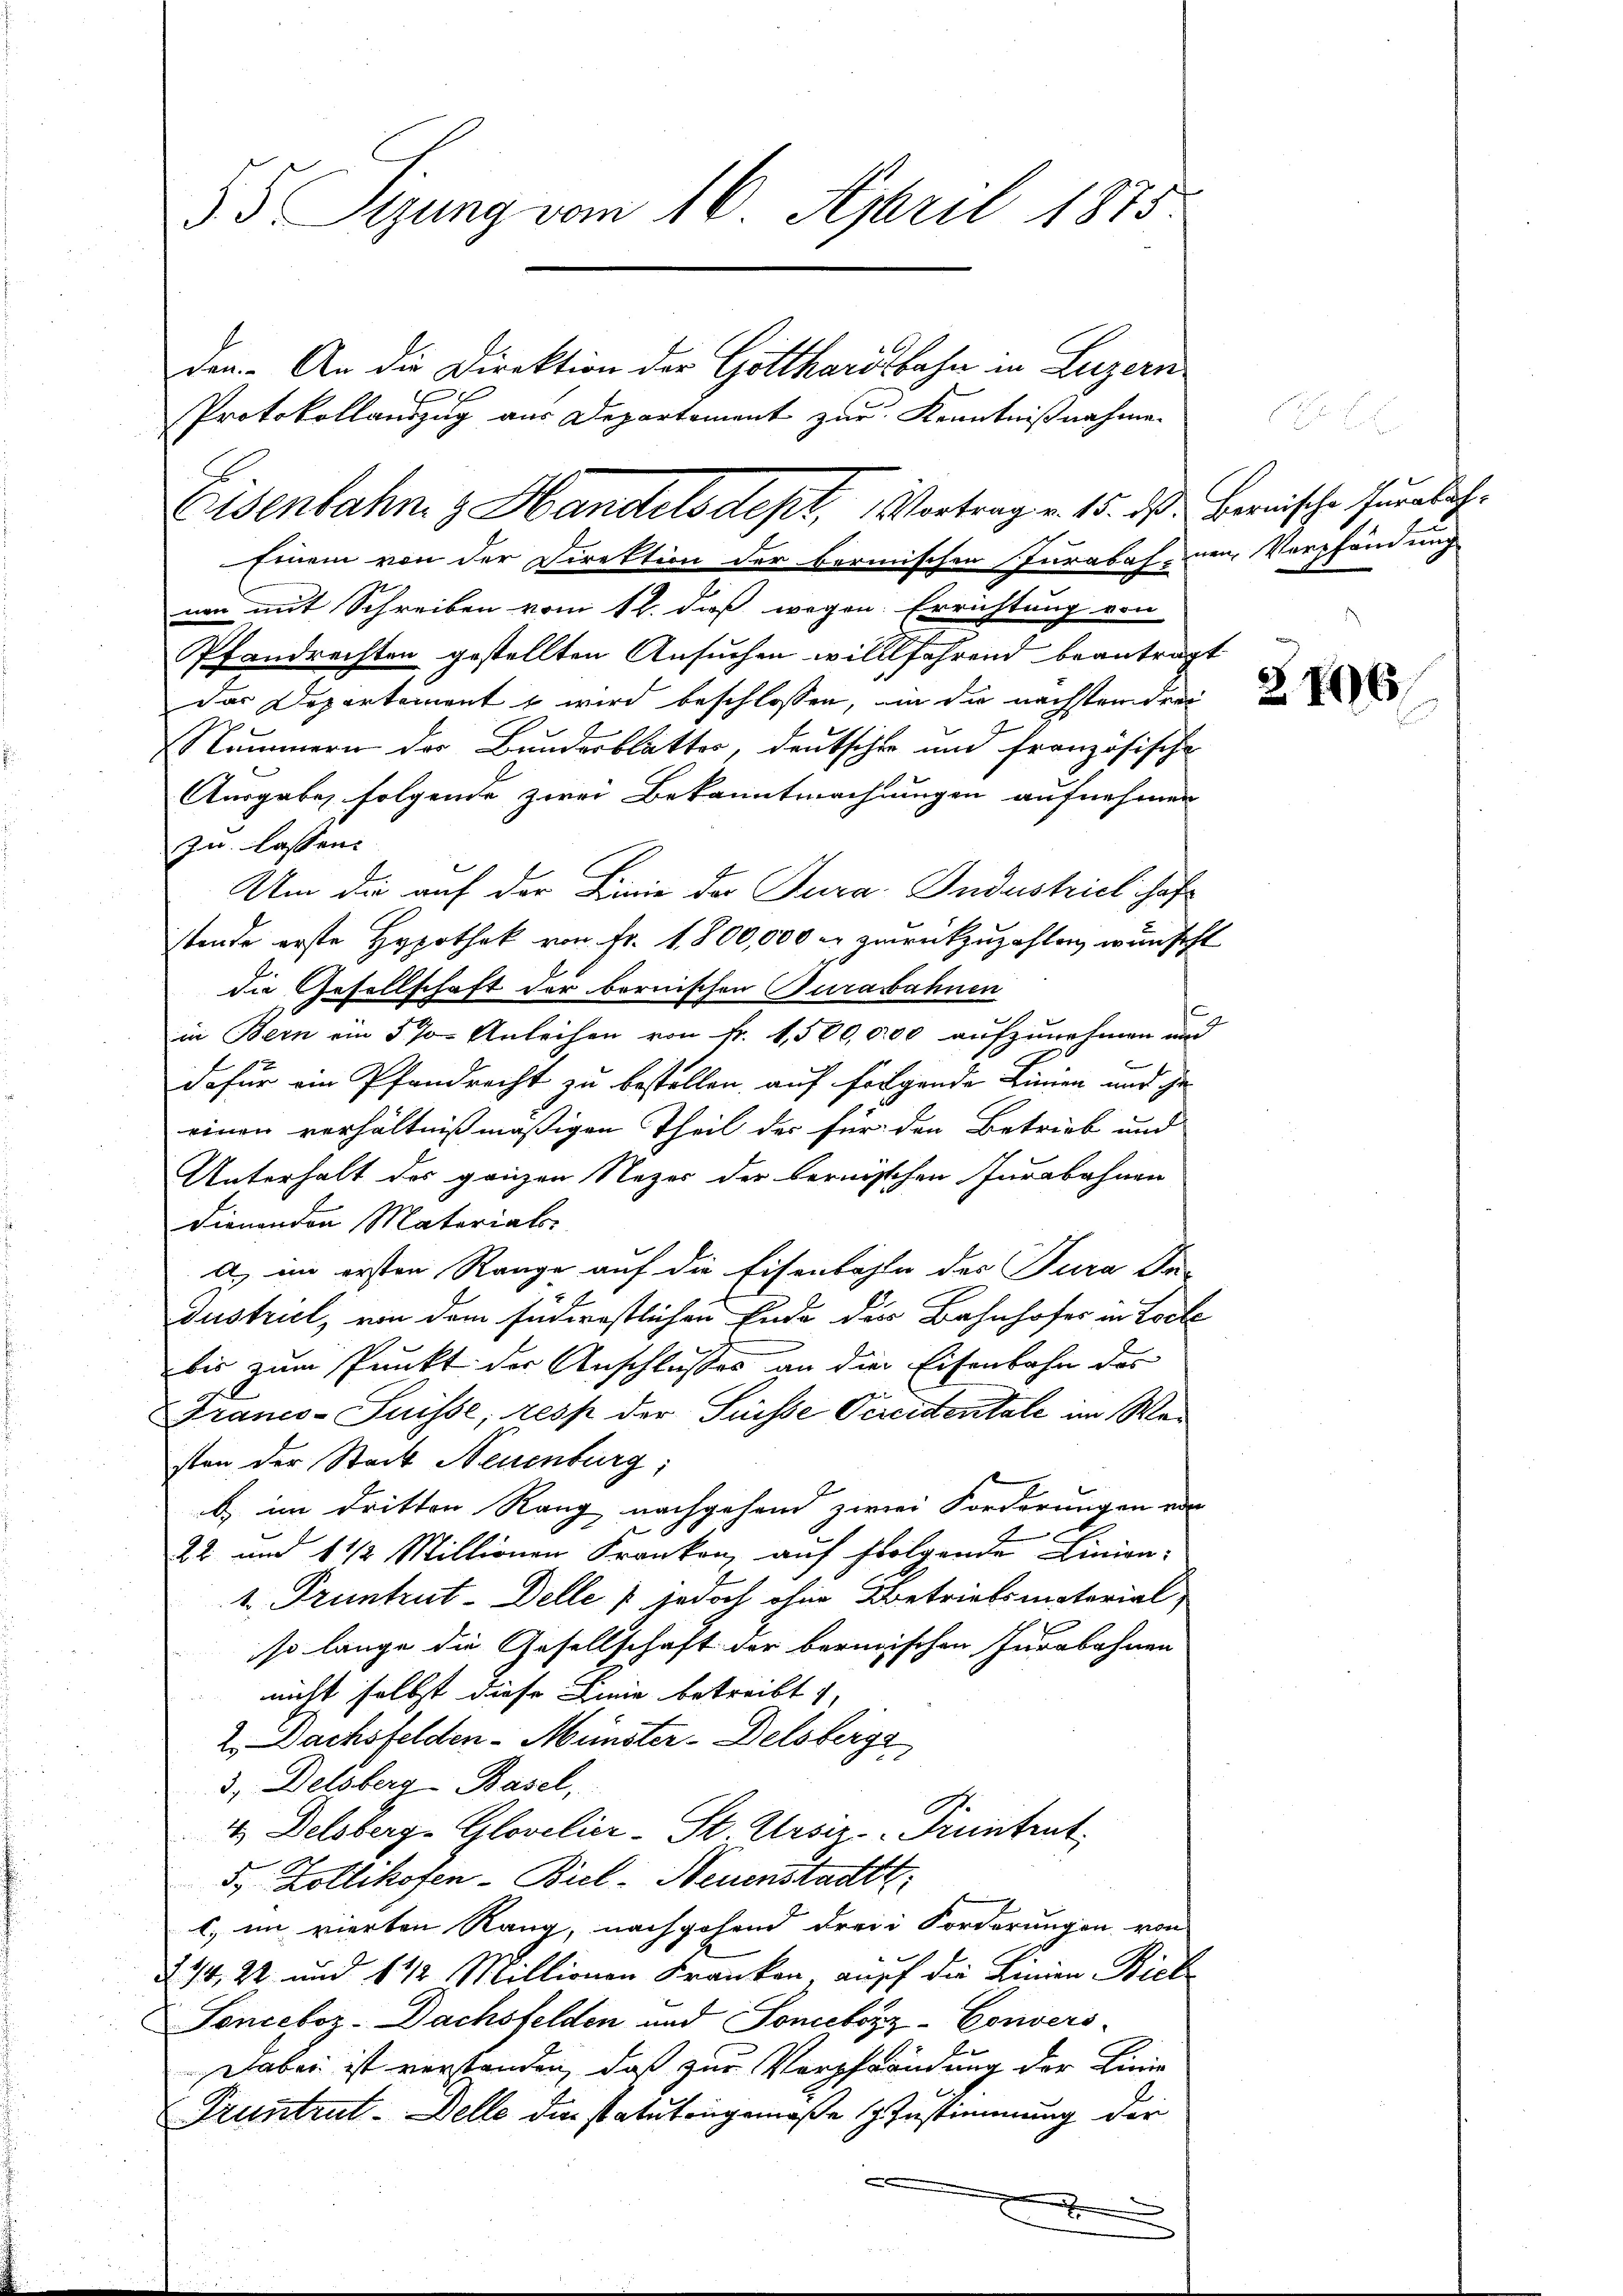
55 Sizung vom 16. April 1875
den. An die Direktion der Gotthardbahn in Luzern
Protokollauszug aus Departement zur Kenntnißnahme

Einem von der Direktion der bermischen Jurabas, um Verpfändung
nen mit Schreiben vom 12. daß wegen Errichtung von
Pfandrechten gestellten Ansuchen willfahrend beantrag
das Departement u wird beschlossen, in die nachstenden
Nummern des Bundesblatter, deutscher und französische
Ausgabe, folgende zwei Bekanntmachungen aufnehmen
zu lassen.
Um die auf der Linie der Jura. Industrieli haft
stende erste Hypothek von Fr. 1,800,000 s zurückzuzahlen, wünsche
die Gesellschaft der bernischen Jurassbahnen
in Bern am 570 Anleihen von Fr. 1,500,000 aufzunehmen um
dafür ein Pfandrecht zu bestellen, auf folgende Linien und geeinen verhältnißmäßigen Theil der für den Betrieb und
Unterhalt des ganzen Nazer der bernisschen Jurabahnen
dienenden Materiats-
a) im ersten Range auf die Eisenbahle des Jura da¬
Dustriel, von dem südernstlichen Ende der Bahnhofes in Todte
bis zum Punkt der Anschlusses an die Eisenbahn des
Franco-Suisse, resp der Suisse Vereidentale im Weisten der Stadt Neuenburg;
b) im dritten Rang nachgehend zwei Forderungen von
22 und 1 1/2 Millionen Kranken, auf folgende Linien-
1 Pruntrut-Delle & jedoch ohne Betriebsmaterial-
so lange die Gesellschaft der bernischen Jurabahnen
nicht selbst diese Linie betreibt
2 Dachsfelden-Münster-Delsberga
3, Delsberg-Basel,
C
& Delsberg-Glovelier-St. Ursiz-Pruntrut
5. Zollikofen- Biel- Neuenstadtt
c) im vierten Rang, nachgehend drei Forderungen von
234, 22 und 1 1/2 Millionen Franken, auf die Linien Biel
Sonceboz-Dachsfelden und Sonebozz-Convers
Dabei ist verstanden, daß zur Verpfändung der Linie
Fruntrut-Delle die statutengemäße Zustimmung der
x

Eisenbahn z Handelsdept, Vortrag v. 15. 20.

Bernische Jurabah¬

Z. 196